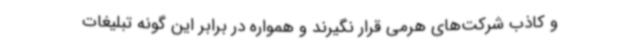
و کاذب شرکت‌های هرمی قرار نگیرند و همواره در برابر این گونه تبلیغات